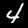
Label: 4